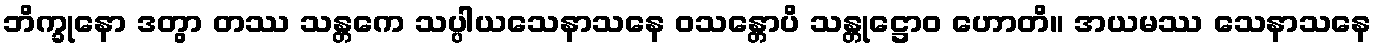
ဘိက္ခုနော ဒတွာ တဿ သန္တကေ သပ္ပါယသေနာသနေ ဝသန္တောပိ သန္တုဋ္ဌောဝ ဟောတိ။ အယမဿ သေနာသနေ